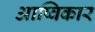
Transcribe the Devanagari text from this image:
आष्विकार